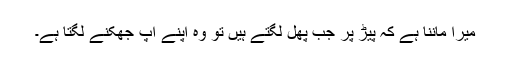
میرا ماننا ہے کہ پیڑ پر جب پھل لگتے ہیں تو وہ اپنے آپ جھکنے لگتا ہے۔